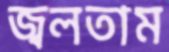
জ্বলতাম